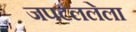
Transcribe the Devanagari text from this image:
जपटललेला